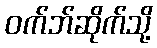
ဝက်ဘ်ဆိုက်သို့